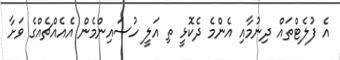
އެ ފުލެޓްތައް ދިނުމާއި އެންމެ ދެކޮޅީ ތި އަލީ ހުސައިންމެން އެއެއްޗެއްގެ ވަށާ